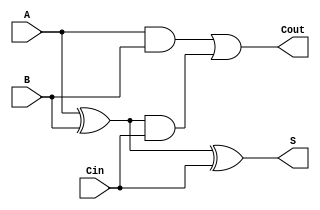
module CarryLookaheadFullAdder (
    input wire A,      // First input bit
    input wire B,      // Second input bit
    input wire Cin,    // Carry-in bit
    output wire S,     // Sum output
    output wire Cout   // Carry-out output
);

    // Internal signals for Generate and Propagate
    wire G;           // Generate signal
    wire P;           // Propagate signal

    // Generate and Propagate calculations
    assign G = A & B;        // G = A AND B
    assign P = A ^ B;        // P = A XOR B

    // Carry-out calculation
    assign Cout = G | (P & Cin); // Cout = G + (P AND Cin)

    // Sum calculation
    assign S = P ^ Cin;      // S = P XOR Cin

endmodule